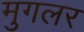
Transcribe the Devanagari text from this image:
मुगलर